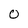
Character: 0